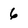
Character: 6